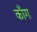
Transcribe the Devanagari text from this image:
कॉंग